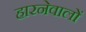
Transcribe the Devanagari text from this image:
हारनेवालों